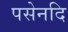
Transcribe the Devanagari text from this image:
पसेनदि